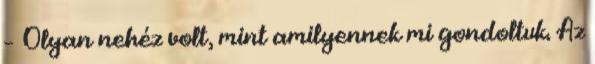
– Olyan nehéz volt, mint amilyennek mi gondoltuk. Az